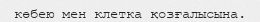
көбею мен клетка қозғалысына.